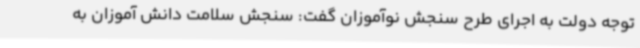
توجه دولت به اجرای طرح سنجش نوآموزان گفت: سنجش سلامت دانش آموزان به